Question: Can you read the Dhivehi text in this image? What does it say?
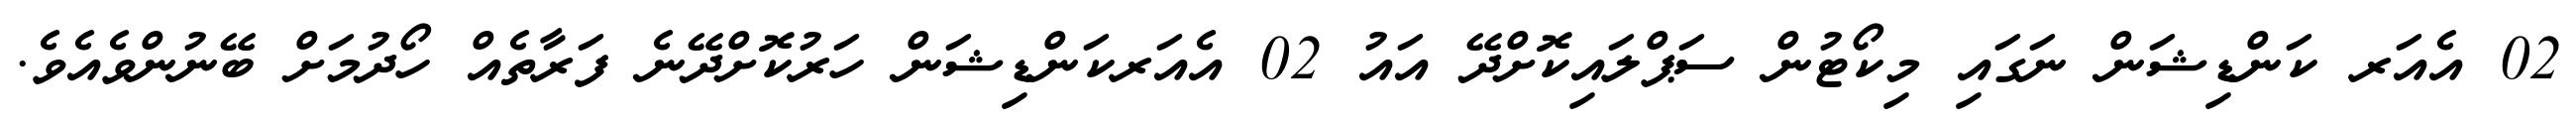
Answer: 02 އެއަރ ކަންޑިޝަން ނަގައި މިކޯޓުން ސަޕްލައިކޮށްދޭ އައު 02 އެއަރކަންޑިޝަން ހަރުކޮށްދޭނެ ފަރާތެއް ހޯދުމަށް ބޭނުންވެއެވެ.